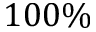
1 0 0 \%